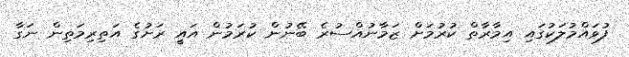
ފުވައްމުލަކުގައި އިމާރާތް ކުރުމަށް ޒަމާނުއްސުރެ ބޭނުން ކުރަމުން އައީ ރަށުގެ އަތިރިމަތިން ނަގާ